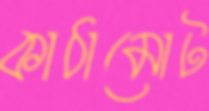
কাঠামোট